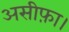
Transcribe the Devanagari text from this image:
असीफ़ा।